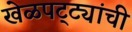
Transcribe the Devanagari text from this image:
खेळपट्ट्यांची